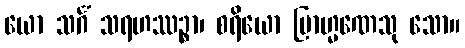
ယော သင်္ဂံ သရဟဿဉ္စာ၊ စရိယော ဗြာဟ္မဏေသု သော။